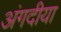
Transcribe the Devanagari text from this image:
अंगदीया